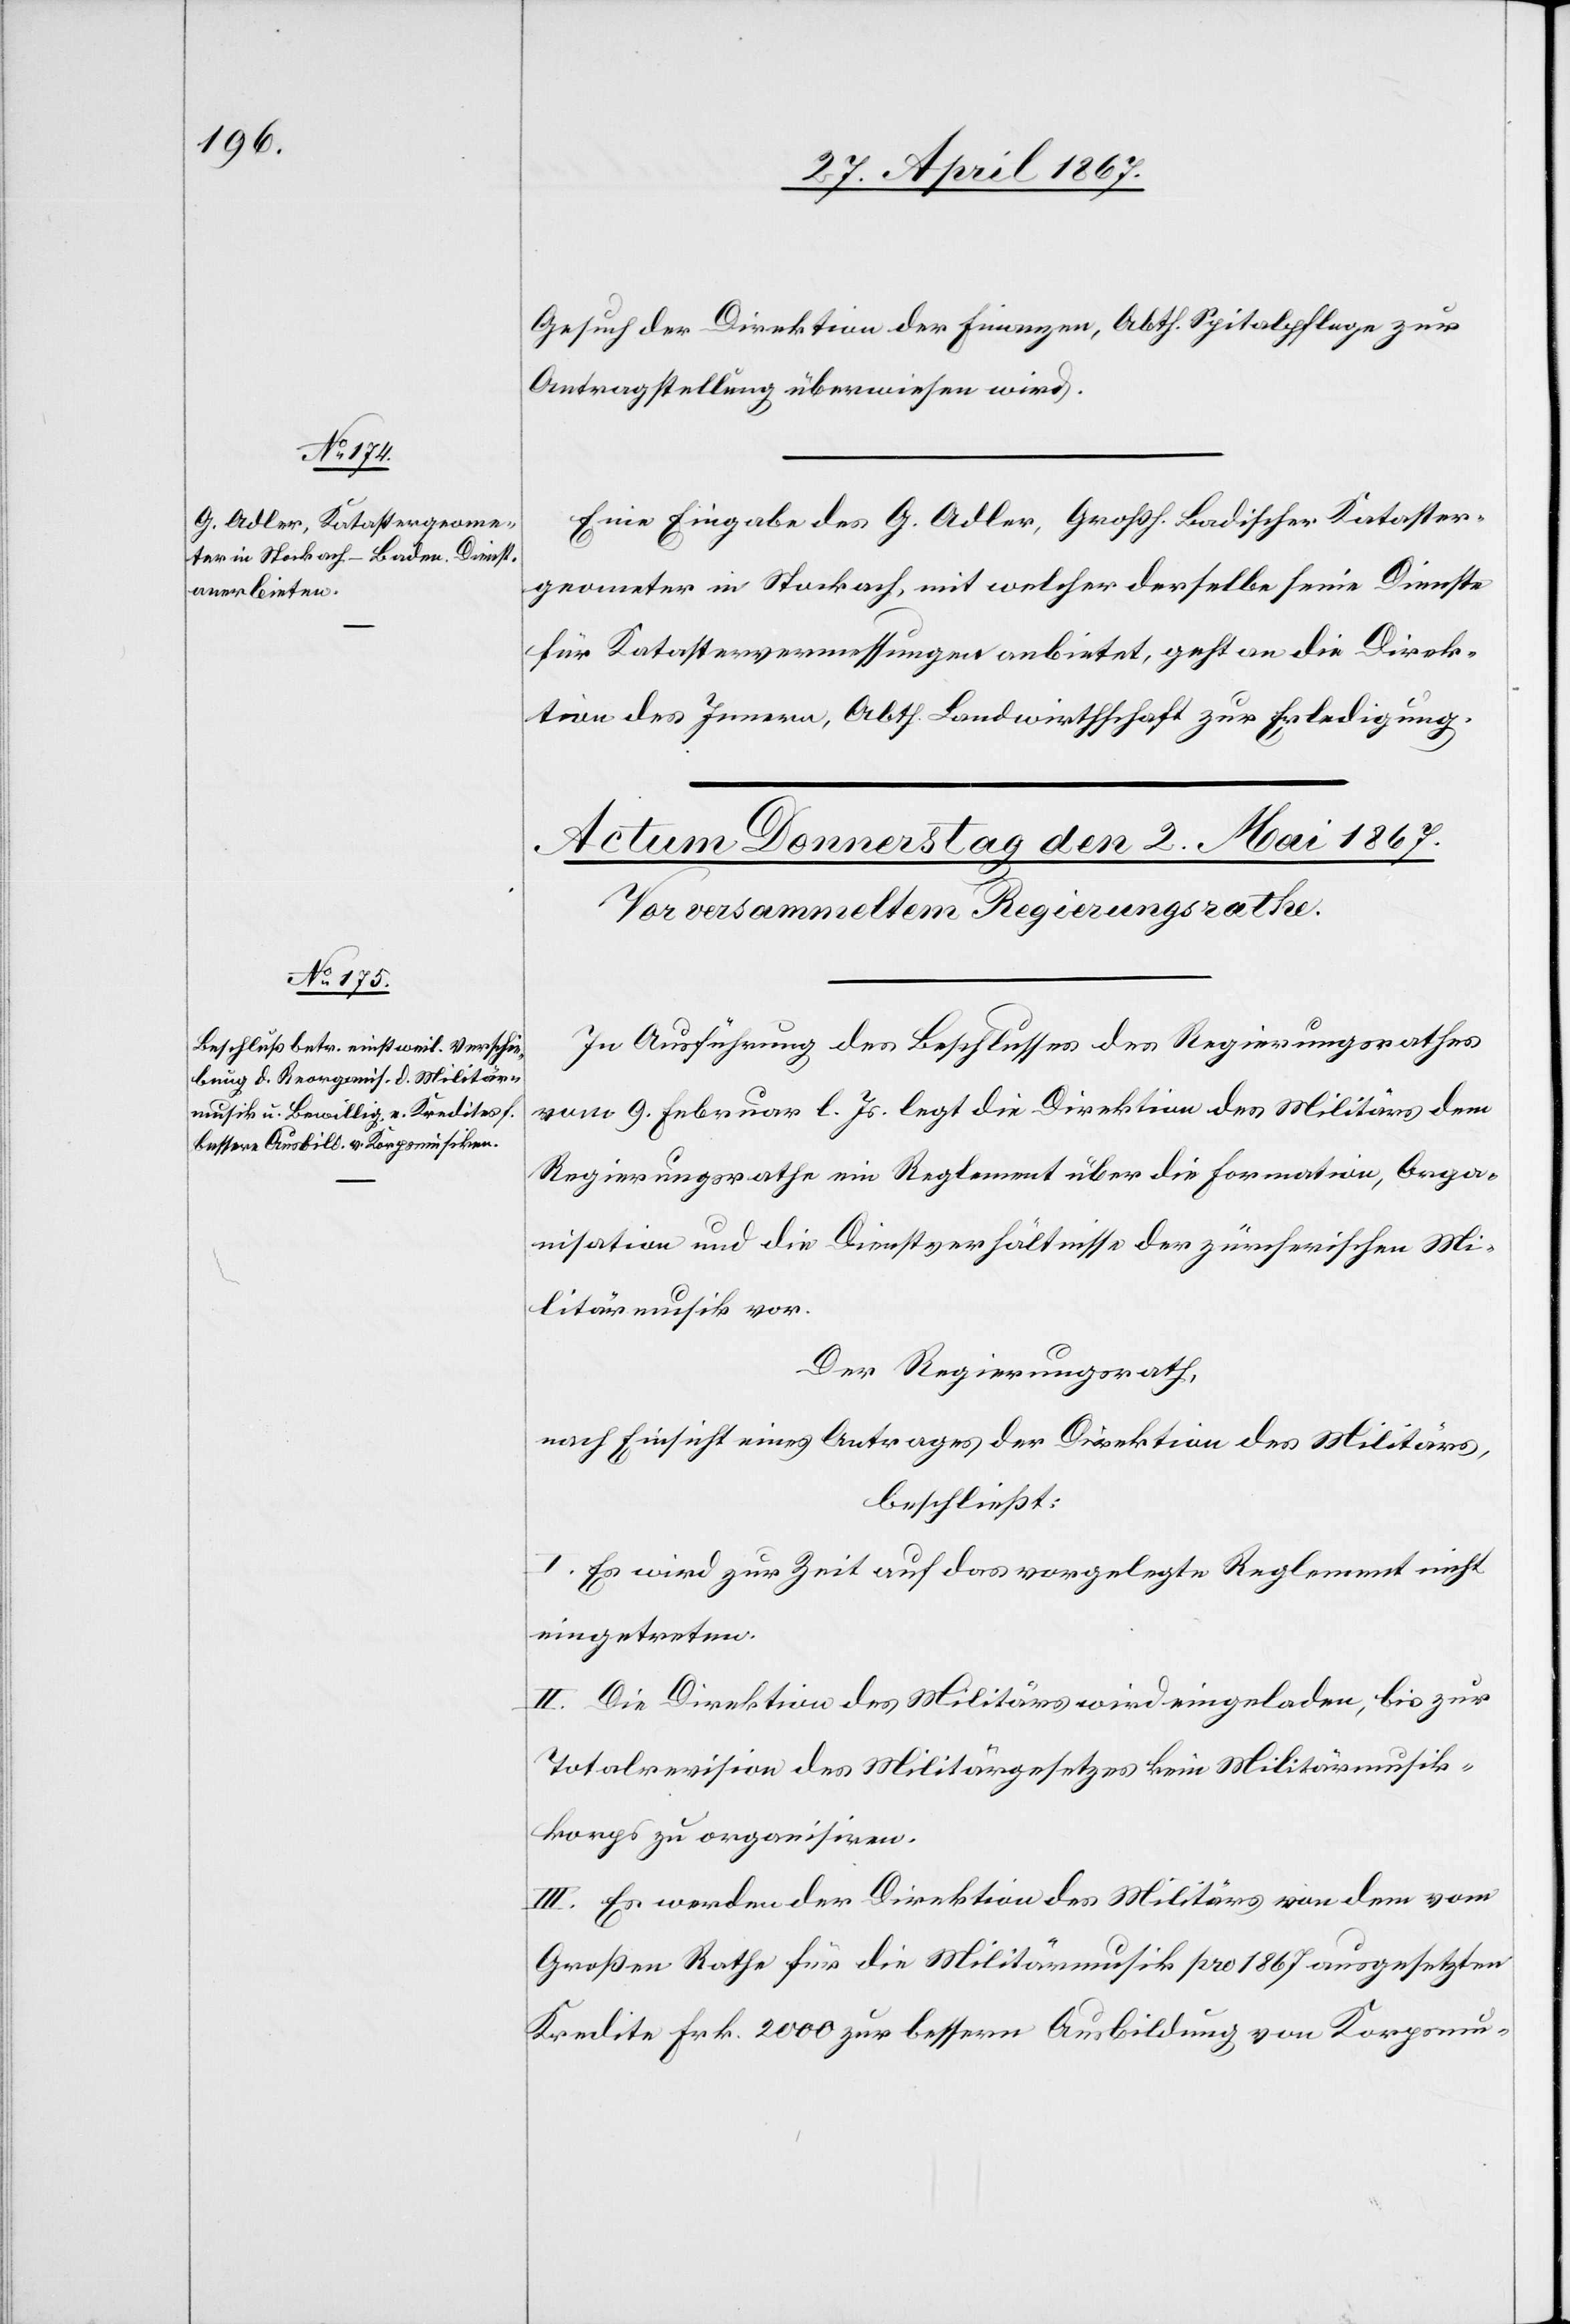
Gesuch der Direktion der Finanzen, Abth. Spitalpflege zur
Antragstellung überwiesen wird.
Eine Eingabe des G. Adler, Großh. Badischer Kataster¬
geometer in Stockach, mit welcher derselbe seine Dienste
für Katastervermessungen anbietet, geht an die Direk¬
tion des Innern, Abth. Landwirthschaft zur Erledigung.
In Ausführung des Beschlusses des Regierungsrathes
vom 9. Februar l. Js. legt die Direktion des Militärs dem
Regierungsrathe ein Reglement über die Formation, Orga¬
nisation und die Dienstverhältnisse der zürcherischen Mi¬
litärmusik vor.
Der Regierungsrath,
nach Einsicht eines Antrages der Direktion des Militärs,
beschließt:
I. Es wird zur Zeit auf das vorgelegte Reglement nicht
eingetreten.
II. Die Direktion des Militärs wird eingeladen, bis zur
Totalrevision des Militärgesetzes kein Militärmusik¬
korps zu organisiren.
III. Es werden der Direktion des Militärs von dem vom
Großen Rathe für die Militärmusik pro 1867 ausgesetzten
Kredite Frk. 2000 zur bessern Ausbildung von Korpsmu-